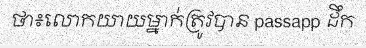
ថា៖លោកយាយម្នាក់ត្រូវបាន passapp ដឹក